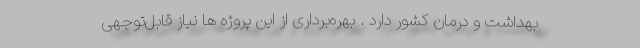
بهداشت و درمان کشور دارد . بهره‌برداری از این پروژه ها نیاز قابل‌توجهی